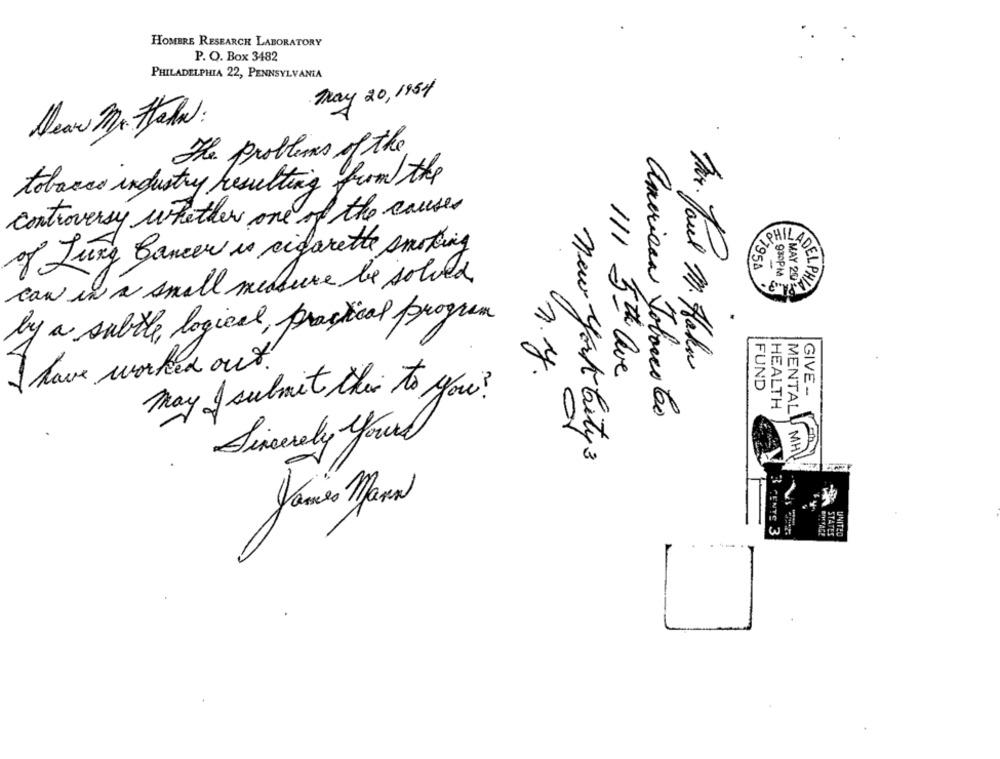
HOMBRE RESEARCH LABORATORY
P. O. Box 3482
PHILADELPHIA 22, PENNSYLVANIA
May 20, 1954
Dear Mr. Halk:
The problems of the
tobacco industry resulting from the
controversy whether one of the causes
of Lung Cancer is cigarette smoking
d7958
can in a small measure be solved
930PM
MAY 2010
LOELPHIA
by a subtle logical, practical program
W
I have worked out !
Dr. Paul M. Hahn
n.y.
111 5th ave
FUND
May I submit their to you?
GIVE --
HEALTH
american Tobacco Co
MENTALI
Sincerely yours
new York City 3
MH
James Mann
3 CENTE 3
STATES
UNITED